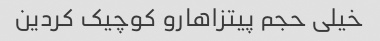
خیلی حجم پیتزاهارو کوچیک کردین